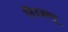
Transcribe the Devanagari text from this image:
निउआपू